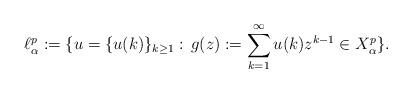
\begin{align*}\ell^p_\alpha :=\{ u=\{u(k)\}_{k\geq1}:\, g(z):=\sum_{k=1}^\infty u(k) z^{k-1} \in X^{p}_\alpha\}.\end{align*}